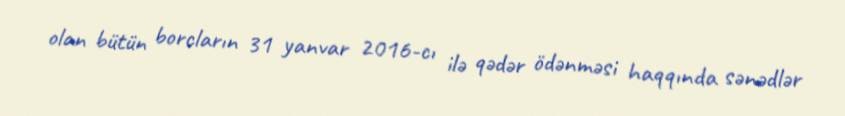
olan bütün borcların 31 yanvar 2016-cı ilə qədər ödənməsi haqqında sənədlər